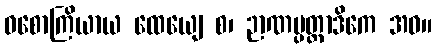
ဝစောကြိယာယ ထေယျေ စ၊ ဉာဏပ္ပတ္တာဒိကေ အဝ။